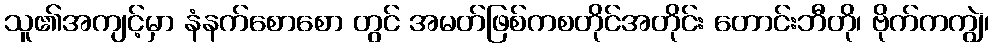
သူ၏အကျင့်မှာ နံနက်စောစော တွင် အမတ်ဖြစ်ကစတိုင်အတိုင်း တောင်းဘီတို၊ ဗိုက်ကကျွဲ၊